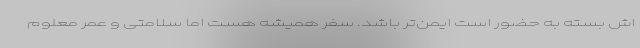
اش بسته به حضور است ایمن‌تر باشد. سفر همیشه هست اما سلامتی و عمر معلوم